画像に写った文字を読んでください
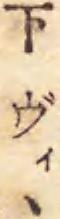
「下ヴィヽ」と書いてあります